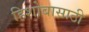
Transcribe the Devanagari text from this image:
हिशोबासाठी